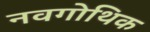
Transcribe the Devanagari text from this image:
नवगोथिक